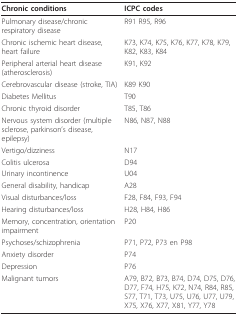
<table><thead><tr><td><b>Chronic conditions</b></td><td><b>ICPC codes</b></td></tr></thead><tbody><tr><td>Pulmonary disease/chronic respiratory disease</td><td>R91 R95, R96</td></tr><tr><td>Chronic ischemic heart disease, heart failure</td><td>K73, K74, K75, K76, K77, K78, K79, K82, K83, K84</td></tr><tr><td>Peripheral arterial heart disease (atherosclerosis)</td><td>K91, K92</td></tr><tr><td>Cerebrovascular disease (stroke, TIA)</td><td>K89 K90</td></tr><tr><td>Diabetes Mellitus</td><td>T90</td></tr><tr><td>Chronic thyroid disorder</td><td>T85, T86</td></tr><tr><td>Nervous system disorder (multiple sclerose, parkinson&#x27;s disease, epilepsy)</td><td>N86, N87, N88</td></tr><tr><td>Vertigo/dizziness</td><td>N17</td></tr><tr><td>Colitis ulcerosa</td><td>D94</td></tr><tr><td>Urinary incontinence</td><td>U04</td></tr><tr><td>General disability, handicap</td><td>A28</td></tr><tr><td>Visual disturbances/loss</td><td>F28, F84, F93, F94</td></tr><tr><td>Hearing disturbances/loss</td><td>H28, H84, H86</td></tr><tr><td>Memory, concentration, orientation impairment</td><td>P20</td></tr><tr><td>Psychoses/schizophrenia</td><td>P71, P72, P73 en P98</td></tr><tr><td>Anxiety disorder</td><td>P74</td></tr><tr><td>Depression</td><td>P76</td></tr><tr><td>Malignant tumors</td><td>A79, B72, B73, B74, D74, D75, D76, D77, F74, H75, K72, N74, R84, R85, S77, T71, T73, U75, U76, U77, U79, X75, X76, X77, X81, Y77, Y78</td></tr></tbody></table>